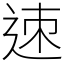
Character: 𨒪